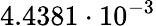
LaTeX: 4.4381\cdot 10^{-3}